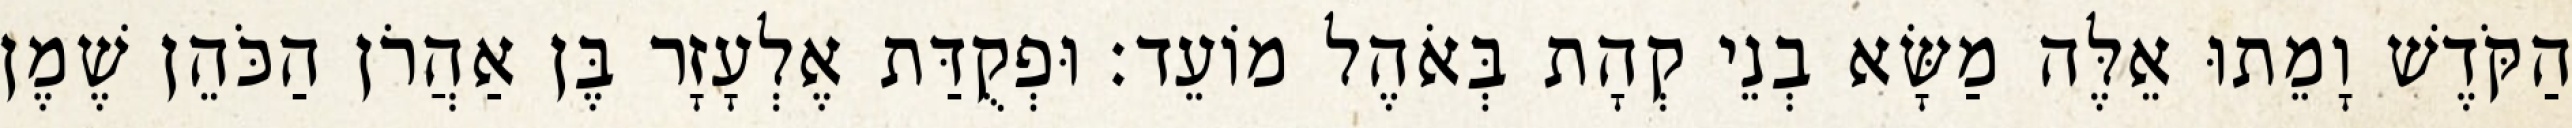
הַקֹּדֶשׁ וָמֵתוּ אֵלֶּה מַשָּׂא בְנֵי קְהָת בְּאֹהֶל מוֹעֵד׃ וּפְקֻדַּת אֶלְעָזָר בֶּן אַהֲרֹן הַכֹּהֵן שֶׁמֶן